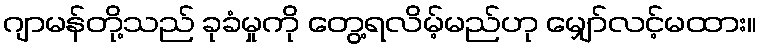
ဂျာမန်တို့သည် ခုခံမှုကို တွေ့ရလိမ့်မည်ဟု မျှော်လင့်မထား။